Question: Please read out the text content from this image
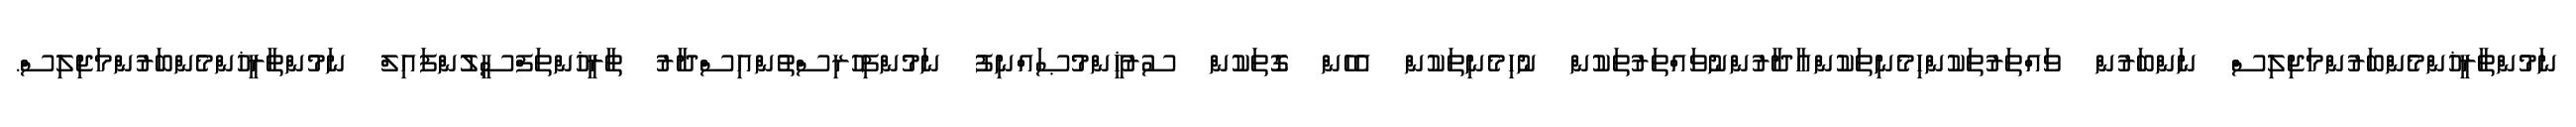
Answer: ނަމުންތާރީޚުންމެންބަރުންމަޖިލިސް ނަންބަރުން ވައްތަރުތަކުންހިމެނިތަކުންއާދާރުންނުވައްތަރުތަކުން ނުހިމެނިތަކުން އެހެން ގޮތަކުން ސުރުޚީންމުޞައްނިފު ނަމުންފިހުރިސްތުންއިސްދާރު ތާރީޚުންތަފްސީލުންފައިލް ނަމުންތާރީޚުންމެންބަރުންމަޖިލިސް.